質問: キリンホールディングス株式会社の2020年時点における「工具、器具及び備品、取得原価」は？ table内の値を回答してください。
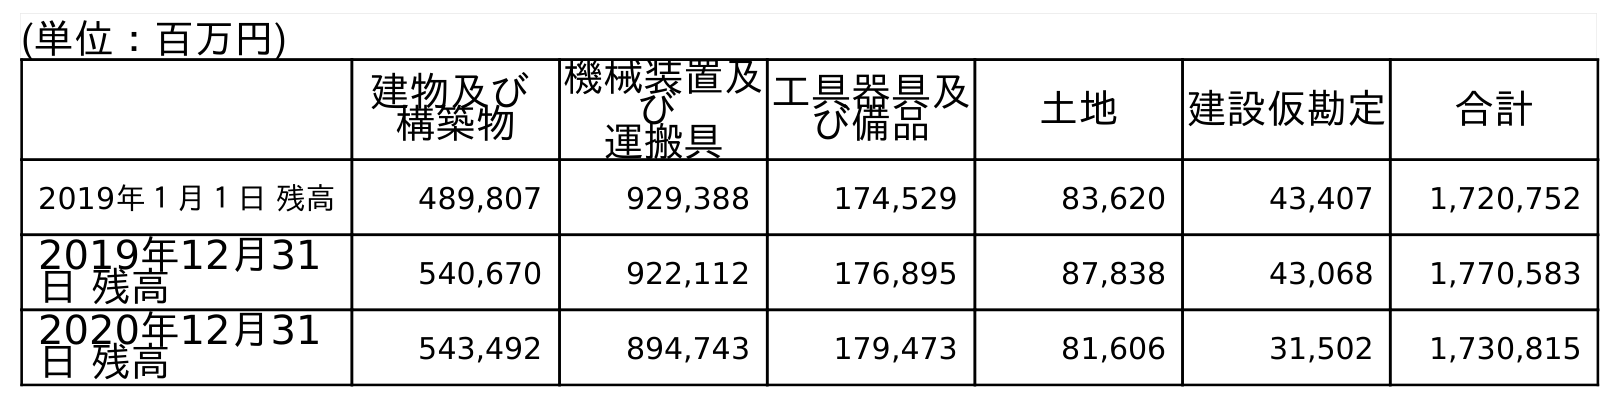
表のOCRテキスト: (単位：百万円) 建物及び 構築物 機械装置及 び 運搬具 工具器具及 び備品 土地 建設仮勘定 合計 2019年１月１日 残高 489,807 929,388 174,529 83,620 43,407 1,720,752 2019年12月31 日 残高 540,670 922,112 176,895 87,838 43,068 1,770,583 2020年12月31 日 残高 543,492 894,743 179,473 81,606 31,502 1,730,815
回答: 179,473